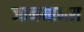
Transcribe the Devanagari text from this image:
जानमानस